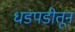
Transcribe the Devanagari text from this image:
धडपडीतून